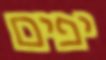
יפים